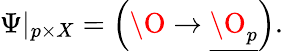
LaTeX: \Psi|_{p\times X}=\left(\O\to\underline{{{\O_{p}}}}\right).